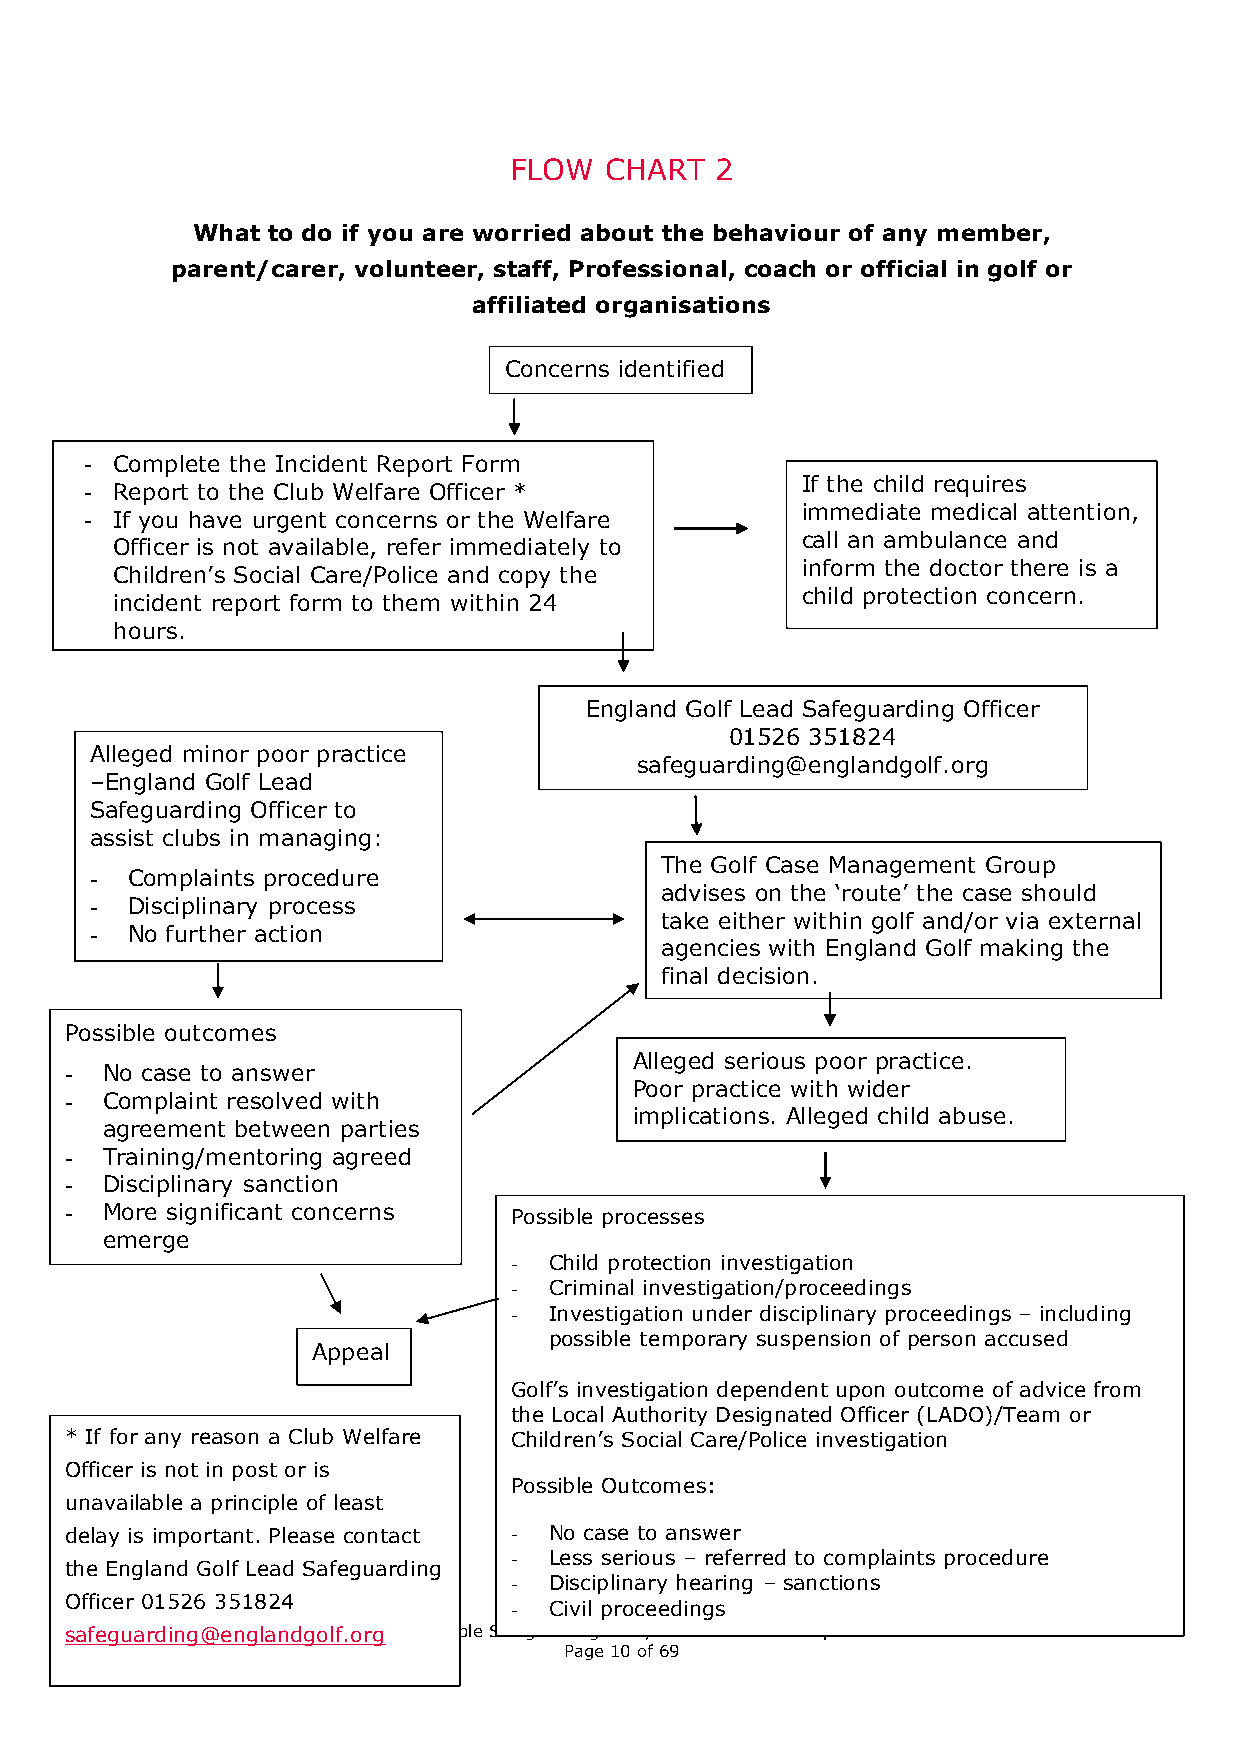
FLOW  CHART  2
 What to do if you are worried about the behaviour of any member,
 parent/carer, volunteer, staff, Professional, coach or official in golf or
 affiliated organisations
 Concerns identified
 - Complete the Incident Report Form
 If the child requires
 - Report to the Club Welfare Officer *
 immediate medical attention,
 - If you have urgent concerns or the Welfare
 PGA
 call an ambulance and
 Officer is not available, refer immediately to
 inform the doctor there is a
 Children’s Social Care/Police and copy the
 child protection concern.
 incident report form to them within 24
 hours.
 England Golf Lead Safeguarding Officer
 01526 351824
 Alleged minor poor practice
 safeguarding@englandgolf.org
 –England Golf Lead
 Safeguarding Officer to
 assist clubs in managing:
 The Golf Case Management Group
 - Complaints procedure
 advises on the ‘route’ the case should
 - Disciplinary process
 take either within golf and/or via external
 - No further action
 agencies with England Golf making the
 final decision.
 Possible outcomes
 Alleged serious poor practice.
 -  No case to answer
 Poor practice with wider
 -  Complaint resolved with
 implications. Alleged child abuse.
 agreement between parties
 -  Training/mentoring agreed
 -  Disciplinary sanction
 -  More significant concerns  Possible processes
 emerge
 - Child protection investigation
 - Criminal investigation/proceedings
 - Investig ation under disciplinary proceedings – including
 possible temporary suspension of person accused
 Appeal
 Golf’s inves tigation dependent upon outcome of advice from
 the Local A uthority Designated Officer (LADO)/Team or
 * If for any reason a Club Welfare Children’s Social Care/Police investigation
 Officer is not in post or is
 Possible Outcomes:
 unavailable a principle of least
 delay is important. Please contact - No case to answer
 - Less se rious – referred to complaints procedure
 the England Golf Lead Safeguarding
 - Discipli nary hearing – sanctions
 Officer 01526 351824
 - Civil proceedings
 safeguar ding@engClahnilddrgeno laf.nodr Ygo ung People Saf eguarding Policy and Procedures – Updated March 2020
 Page 10 of 69